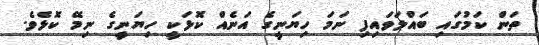
ތަން ކަމުގައި ބައްލަވައިފި ނަމަ ހިޔަނީގެ އަނެއް ކޮޅަކީ ހިޔަނީގެ ނިމޭ ކޮޅެވެ.